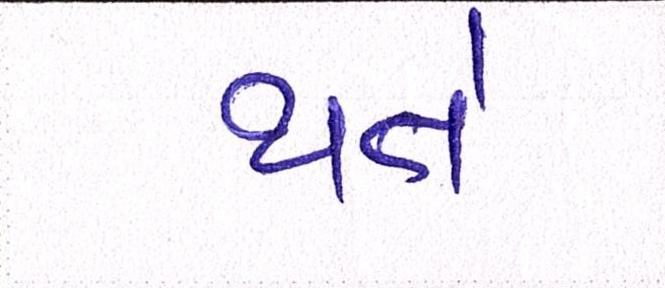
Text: થતે